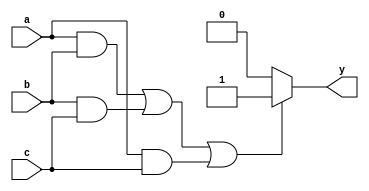
module combinational_logic (
    input wire a,          // Input signal a
    input wire b,          // Input signal b
    input wire c,          // Input signal c
    output reg y          // Output signal y
);

    // Combinational logic block
    always @(*) begin
        // Example logic: y is true if at least two inputs are true
        if ((a && b) || (b && c) || (a && c)) begin
            y = 1'b1; // Set output to 1 if at least two inputs are high
        end else begin
            y = 1'b0; // Set output to 0 otherwise
        end
    end

endmodule